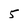
Character: 5